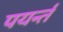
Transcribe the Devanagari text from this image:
पयर्न्तं